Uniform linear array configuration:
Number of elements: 48
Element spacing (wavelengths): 0.75
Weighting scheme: hann
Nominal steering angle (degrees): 30
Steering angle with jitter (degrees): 29.536
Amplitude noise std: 0.05
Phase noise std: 0.05

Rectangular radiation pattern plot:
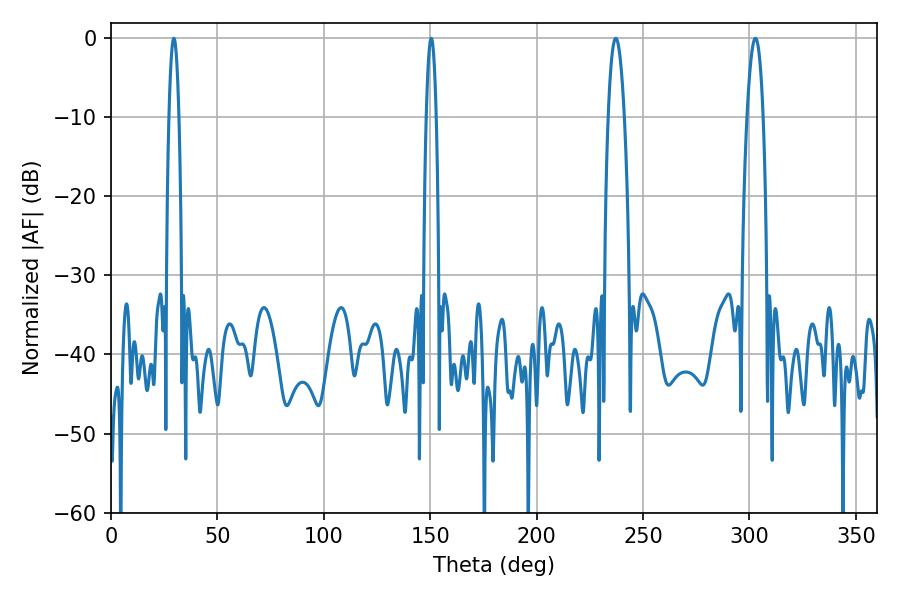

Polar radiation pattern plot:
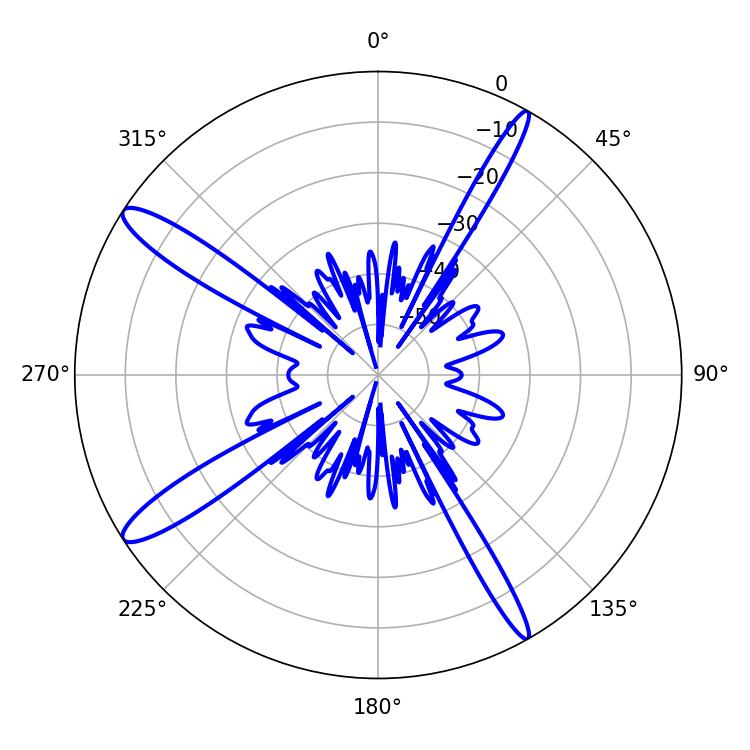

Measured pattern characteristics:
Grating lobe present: TRUE
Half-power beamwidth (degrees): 2.52
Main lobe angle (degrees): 29.52